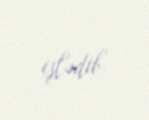
işlədib.